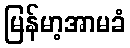
မြန်မာ့အာမခံ